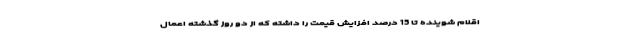
اقلام شوینده تا 15 درصد افزایش قیمت را داشته که از دو روز گذشته اعمال